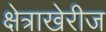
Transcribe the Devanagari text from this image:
क्षेत्राखेरीज